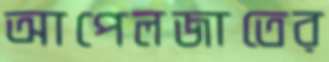
আপেলজাতের